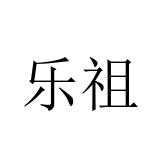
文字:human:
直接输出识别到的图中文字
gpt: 乐祖